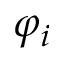
\varphi _ { i }